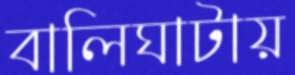
বালিঘাটায়